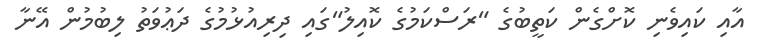
އާއި ކައިވެނި ކޮށްގެން ކަތީބުގެ "ރަސްކަމުގެ ކޮއިލު"ގައި ދިރިއުޅުމުގެ ދަޢުވަތު ލިބުމުން އޭނާ